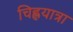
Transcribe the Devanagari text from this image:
चिह्लयात्रा